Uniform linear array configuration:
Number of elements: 16
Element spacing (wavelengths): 0.25
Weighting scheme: cosine
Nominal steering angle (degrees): -30
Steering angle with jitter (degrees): -29.768
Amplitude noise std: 0.05
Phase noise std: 0.05

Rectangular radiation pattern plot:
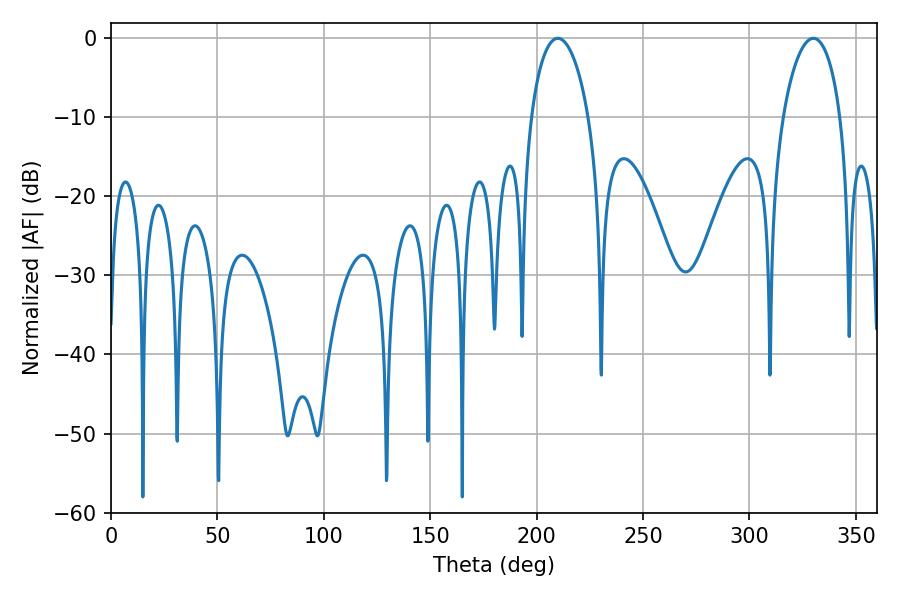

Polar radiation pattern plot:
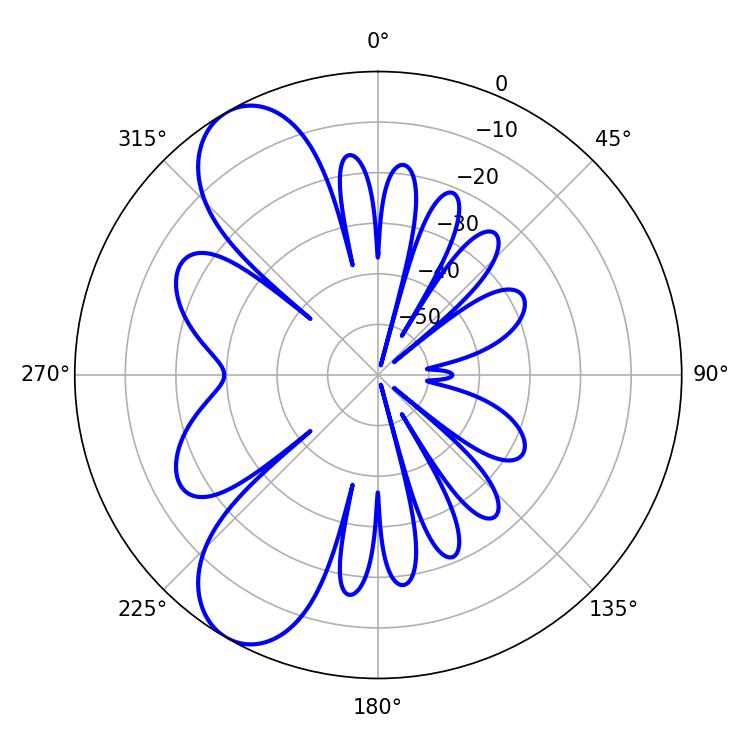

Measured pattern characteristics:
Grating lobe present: FALSE
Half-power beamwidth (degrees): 15.48
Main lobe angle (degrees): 209.88